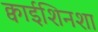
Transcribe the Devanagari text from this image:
क्वाईशिनशा